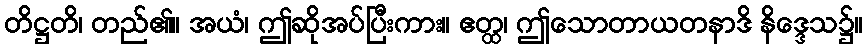
တိဋ္ဌတိ၊ တည်၏။ အယံ၊ ဤဆိုအပ်ပြီးကား။ ဧတ္ထ၊ ဤသောတာယတနာဒိ နိဒ္ဒေသ၌။